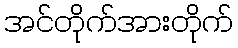
အင်တိုက်အားတိုက်